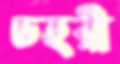
ডহরী